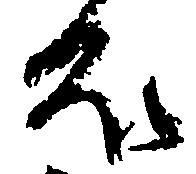
え